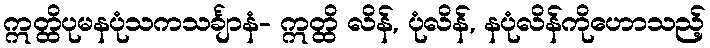
ဣတ္ထိပုမနပုံသကသင်္ချာနံ- ဣတ္ထိ လိန်, ပုံလိန်, နပုံလိန်ကိုဟောသည့်